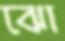
ঝো